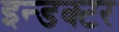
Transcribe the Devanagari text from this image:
इन्डक्टर